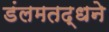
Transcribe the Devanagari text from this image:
डंलमतद्धने